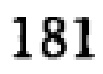
181